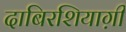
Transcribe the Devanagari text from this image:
दाबिरशियाग़ी